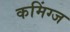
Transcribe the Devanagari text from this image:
कमिंग्ज